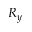
R _ { y }